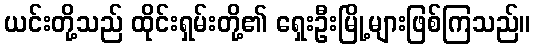
ယင်းတို့သည် ထိုင်းရှမ်းတို့၏ ရှေးဦးမြို့များဖြစ်ကြသည်။